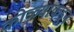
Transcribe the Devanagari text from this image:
कोळ्यांकडून